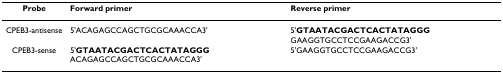
| Probe | Forward primer | Reverse primer |
 | --- | --- | --- |
 | CPEB3-antisense | 5'ACAGAGCCAGCTGCGCAAACCA3' | 5'GTAATACGACTCACTATAGGG GAAGGTGCCTCCGAAGACCG3' |
 | CPEB3-sense | 5'GTAATACGACTCACTATAGGG ACAGAGCCAGCTGCGCAAACCA3' | 5'GAAGGTGCCTCCGAAGACCG3' |